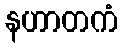
နဟာတကံ